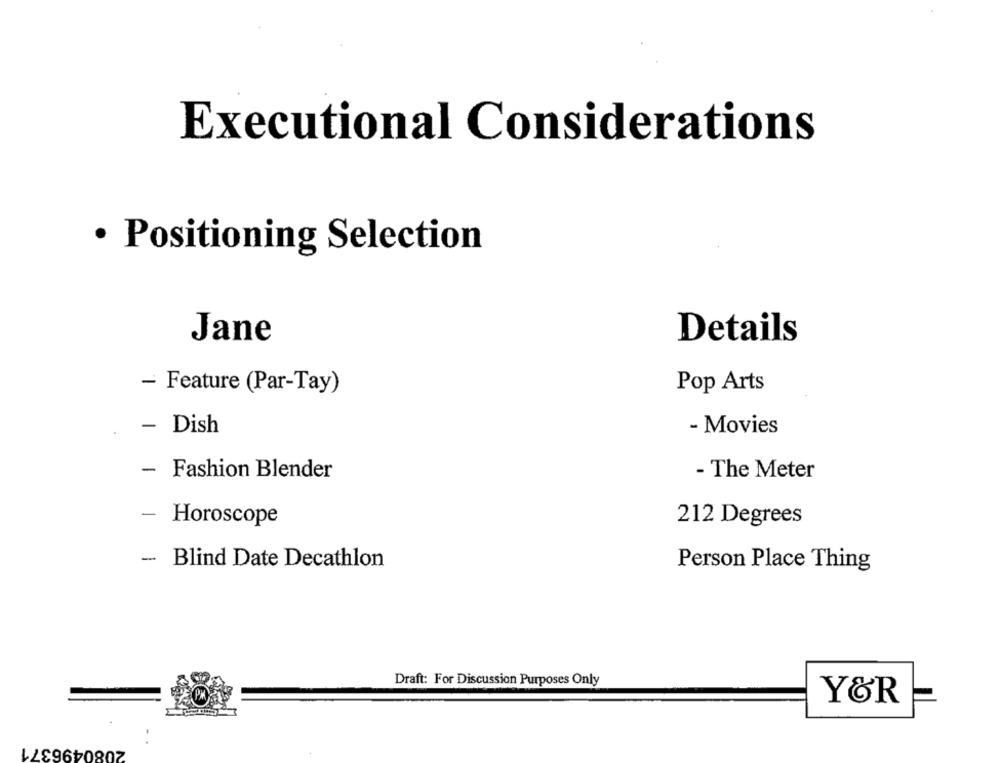
Executional Considerations
· Positioning Selection
Jane
Details
- Feature (Par-Tay)
Pop Arts
- Movies
Dish
- Fashion Blender
- The Meter
Horoscope
212 Degrees
- Blind Date Decathlon
Person Place Thing
Draft: For Discussion Purposes Only
Y&R
2080496371